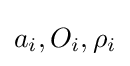
a_{i},O_{i},\rho _{i}